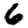
Digit: 6